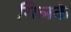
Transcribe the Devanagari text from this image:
गिलके